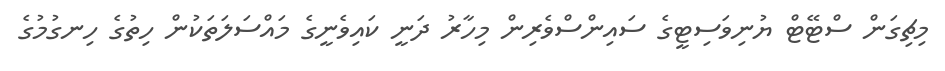
މިޗިގަން ސްޓޭޓް ޔުނިވަސިޓީގެ ސައިންސްވެރިން މިހާރު ދަނީ ކައިވެނީގެ މައްސަލަތަކުން ހިތުގެ ހިނގުމުގެ